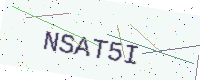
Text: NSAT5I